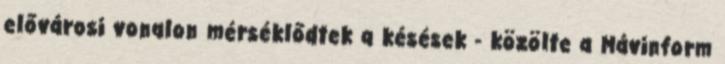
elővárosi vonalon mérséklődtek a késések - közölte a Mávinform